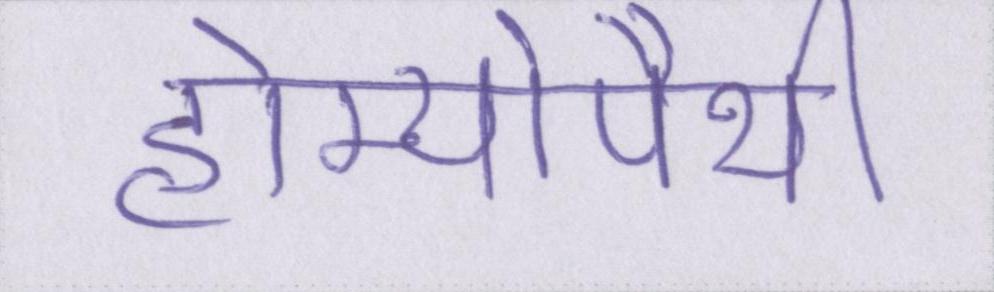
होम्योपैथी